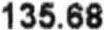
135.68